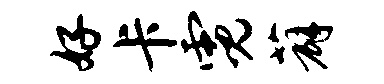
好卡霓薜